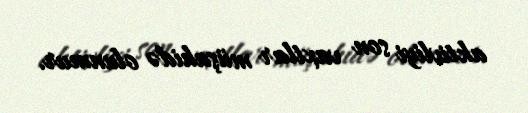
aktivliyi son vaxtlar müşahidə olunmur.